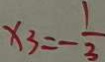
x _ { 3 } = - \frac { 1 } { 3 }